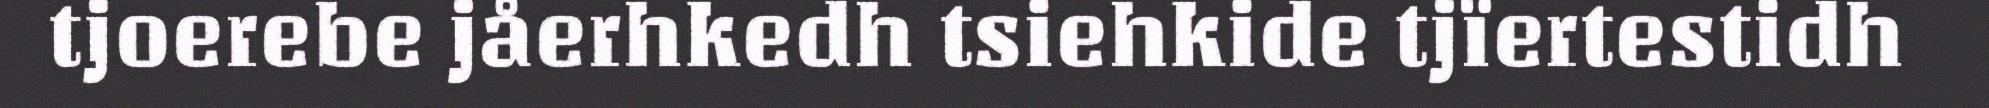
tjoerebe jåerhkedh tsiehkide tjïertestidh